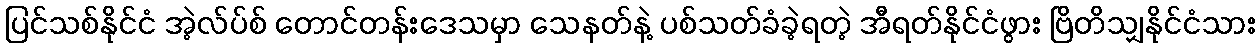
ပြင်သစ်နိုင်ငံ အဲ့လ်ပ်စ် တောင်တန်းဒေသမှာ သေနတ်နဲ့ ပစ်သတ်ခံခဲ့ရတဲ့ အီရတ်နိုင်ငံဖွား ဗြိတိသျှနိုင်ငံသား